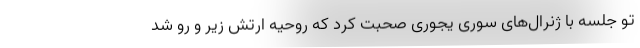
تو جلسه با ژنرال‌های سوری یجوری صحبت کرد که روحیه ارتش زیر و رو شد